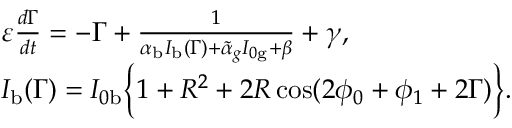
\begin{array} { l } { \varepsilon \frac { d \Gamma } { d t } = - \Gamma + \frac { 1 } { \alpha _ { \mathrm { b } } I _ { \mathrm { b } } ( \Gamma ) + \tilde { \alpha } _ { g } I _ { 0 \mathrm { g } } + \beta } + \gamma , } \\ { I _ { \mathrm { b } } ( \Gamma ) = I _ { 0 \mathrm { b } } \Big \{ 1 + R ^ { 2 } + 2 R \cos ( 2 \phi _ { 0 } + \phi _ { 1 } + 2 \Gamma ) \Big \} . } \end{array}